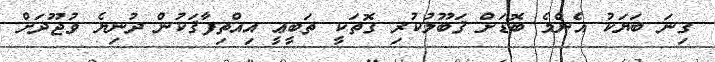
ގިނަ ބަޔަކު އެންމެ ބޮޑަށް ޤަބޫލުކުރި ގޮތަކީ ތަބީޢީ އިއްތިފާޤަކުން ދުނިޔެ ވުޖޫދަށް